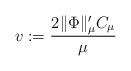
\begin{align*} v:= \frac{2 \lVert \Phi \rVert_\mu' C_\mu}{\mu}\end{align*}